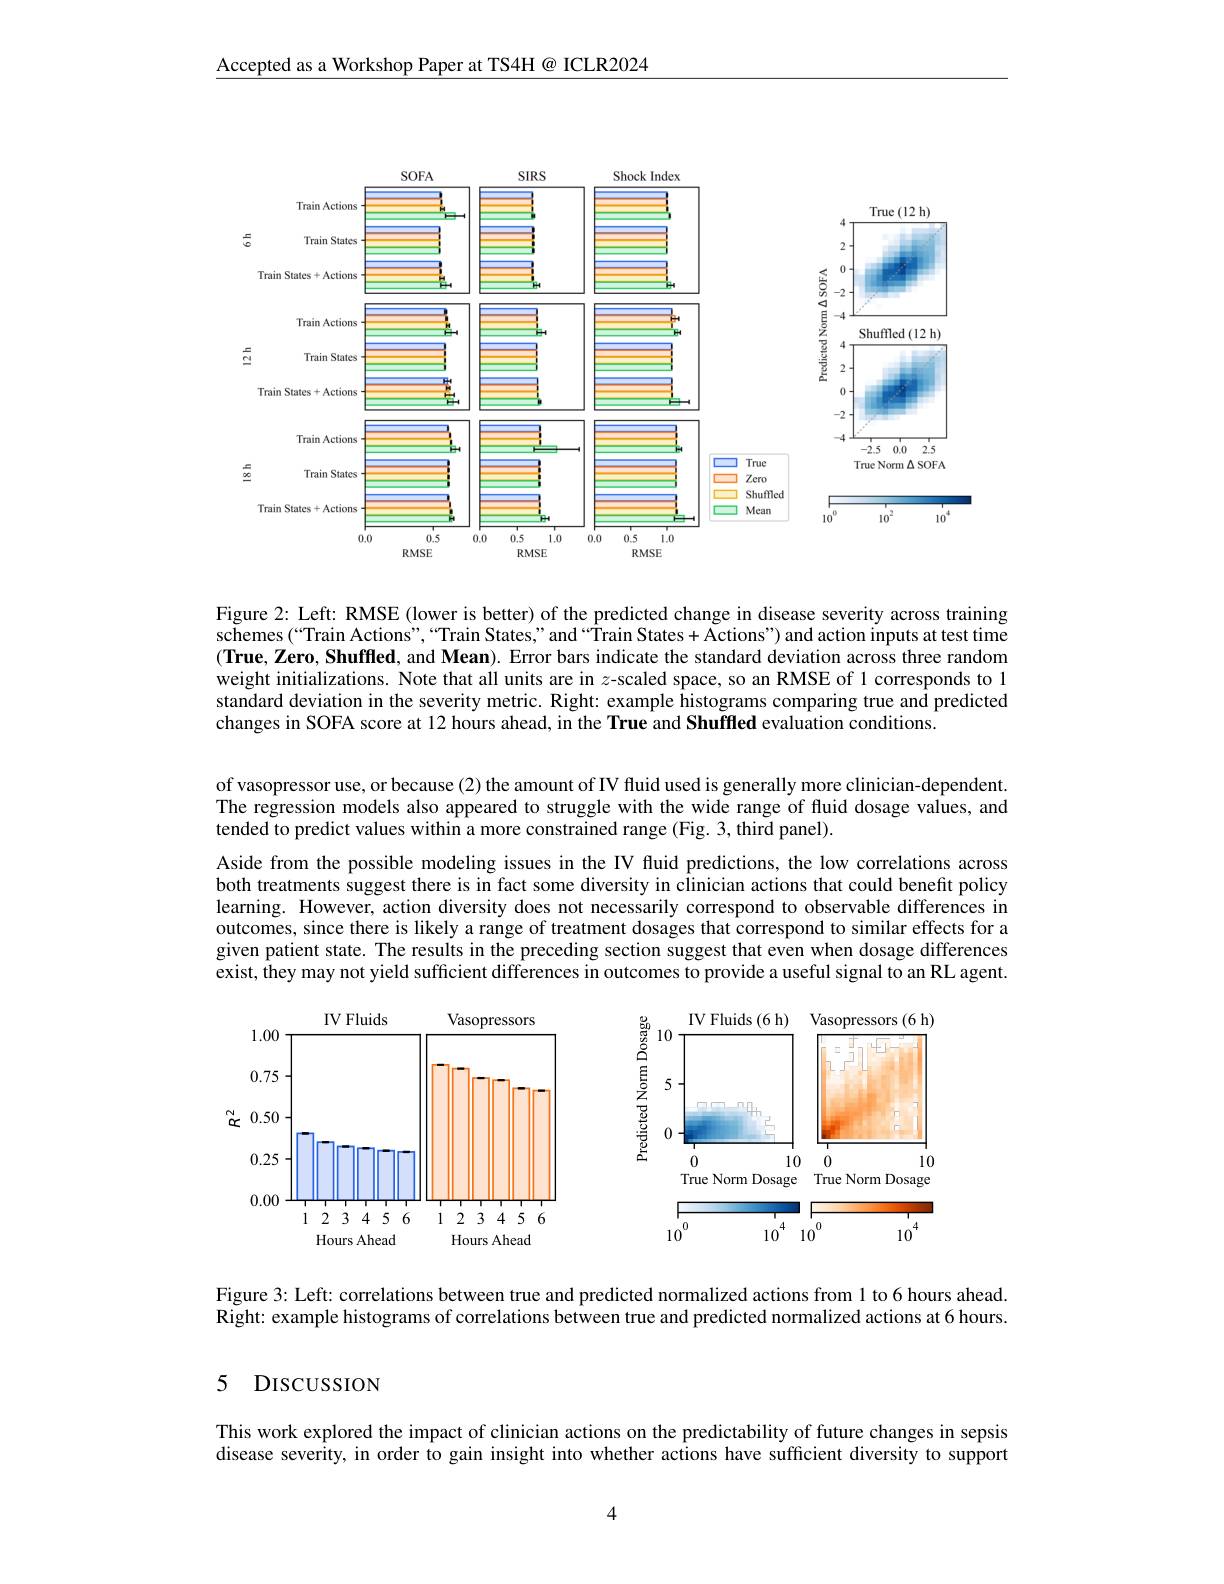
Accepted as a Workshop Paper at TS4H@ ICLR2024

<FigureHere>

Figure 2: Left: RMSE (lower is better) of the predicted change in disease severity across training schemes(“Train Actions”,“Train States" and“Train States+ Åctions") and action inputs at test time $( \textbf{True, Zero, Shuffled, and Mean) . Error bars indicate the standard deviation across three random}$ weight initializations. Note that all units are in $z$-scaled space, so an RMSE of 1 corresponds to l standard deviation in the severity metric. Right: example histograms comparing true and predicted changes in SOFA score at 12 hours ahead, in the True and Shuffled evaluation conditions.

of vasopressor use, or because (2) the amount of IV fluid used is generally more clinician-dependent. The regression models also appeared to struggle with the wide range of fluid dosage values, and tended to predict values within a more constrained range (Fig. 3, third panel).

Aside from the possible modeling issues in the IV fluid predictions, the low correlations across both treatments suggest there is in fact some diversity in clinician actions that could benefit policy learning. However, action diversity does not necessarily correspond to observable differences in outcomes, since there is likely a range of treatment dosages that correspond to similar effects for a given patient state. The results in the preceding section suggest that even when dosage differences exist, they may not yield sufficient differences in outcomes to provide a useful signal to an RL agent.

<FigureHere>

Figure 3: Left: correlations between true and predicted normalized actions from 1 to 6 hours ahead. $\tilde{\text{Right: example histograms of correlations between true and predicted normalized actions at 6 hours.}}$

### 5 DISCUSSION

This work explored the impact of clinician actions on the predictability of future changes in sepsis disease severity, in order to gain insight into whether actions have sufficient diversity to support

4